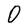
Character: O